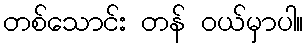
တစ်သောင်း တန် ဝယ်မှာပါ။